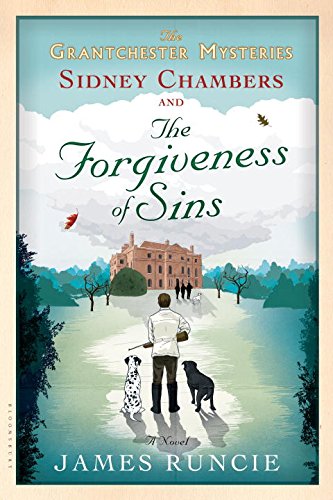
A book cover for Sidney Chambers and The Forgiveness of Sins (Grantchester); James Runcie; Mystery, Thriller & Suspense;